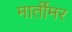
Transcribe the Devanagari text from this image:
मार्तीमर